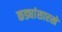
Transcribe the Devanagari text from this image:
कड्यांसारखे